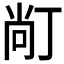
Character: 𱍙